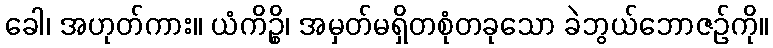
ခေါ၊ အဟုတ်ကား။ ယံကိဉ္စိ၊ အမှတ်မရှိတစုံတခုသော ခဲဘွယ်ဘောဇဉ်ကို။